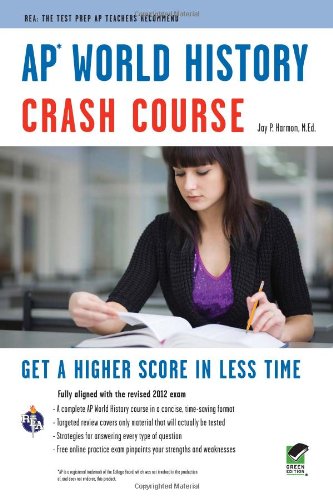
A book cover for APÂ® World History Crash Course Book + Online (Advanced Placement (AP) Crash Course); Jay P. Harmon; Test Preparation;